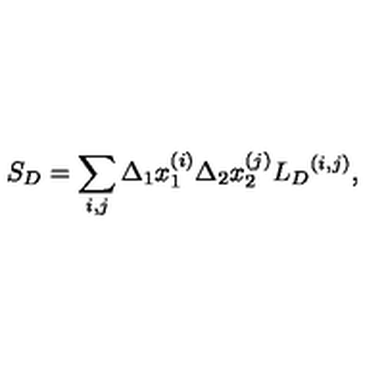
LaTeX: { S } _ { D } = \sum _ { i , j } \Delta _ { 1 } x _ { 1 } ^ { ( i ) } \Delta _ { 2 } x _ { 2 } ^ { ( j ) } { { L } _ { D } } ^ { ( i , j ) } ,